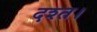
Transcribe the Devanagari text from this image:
दश्त।